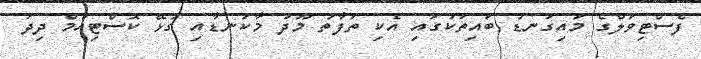
ފެސްޓިވަލްގެ މައިގަނޑު ބައިތަކުގައި އެކި ތަފާތު މޫދު މާކަނޑާއި ގުޅޭ ކޮސްޓިއުމް ދިދަ